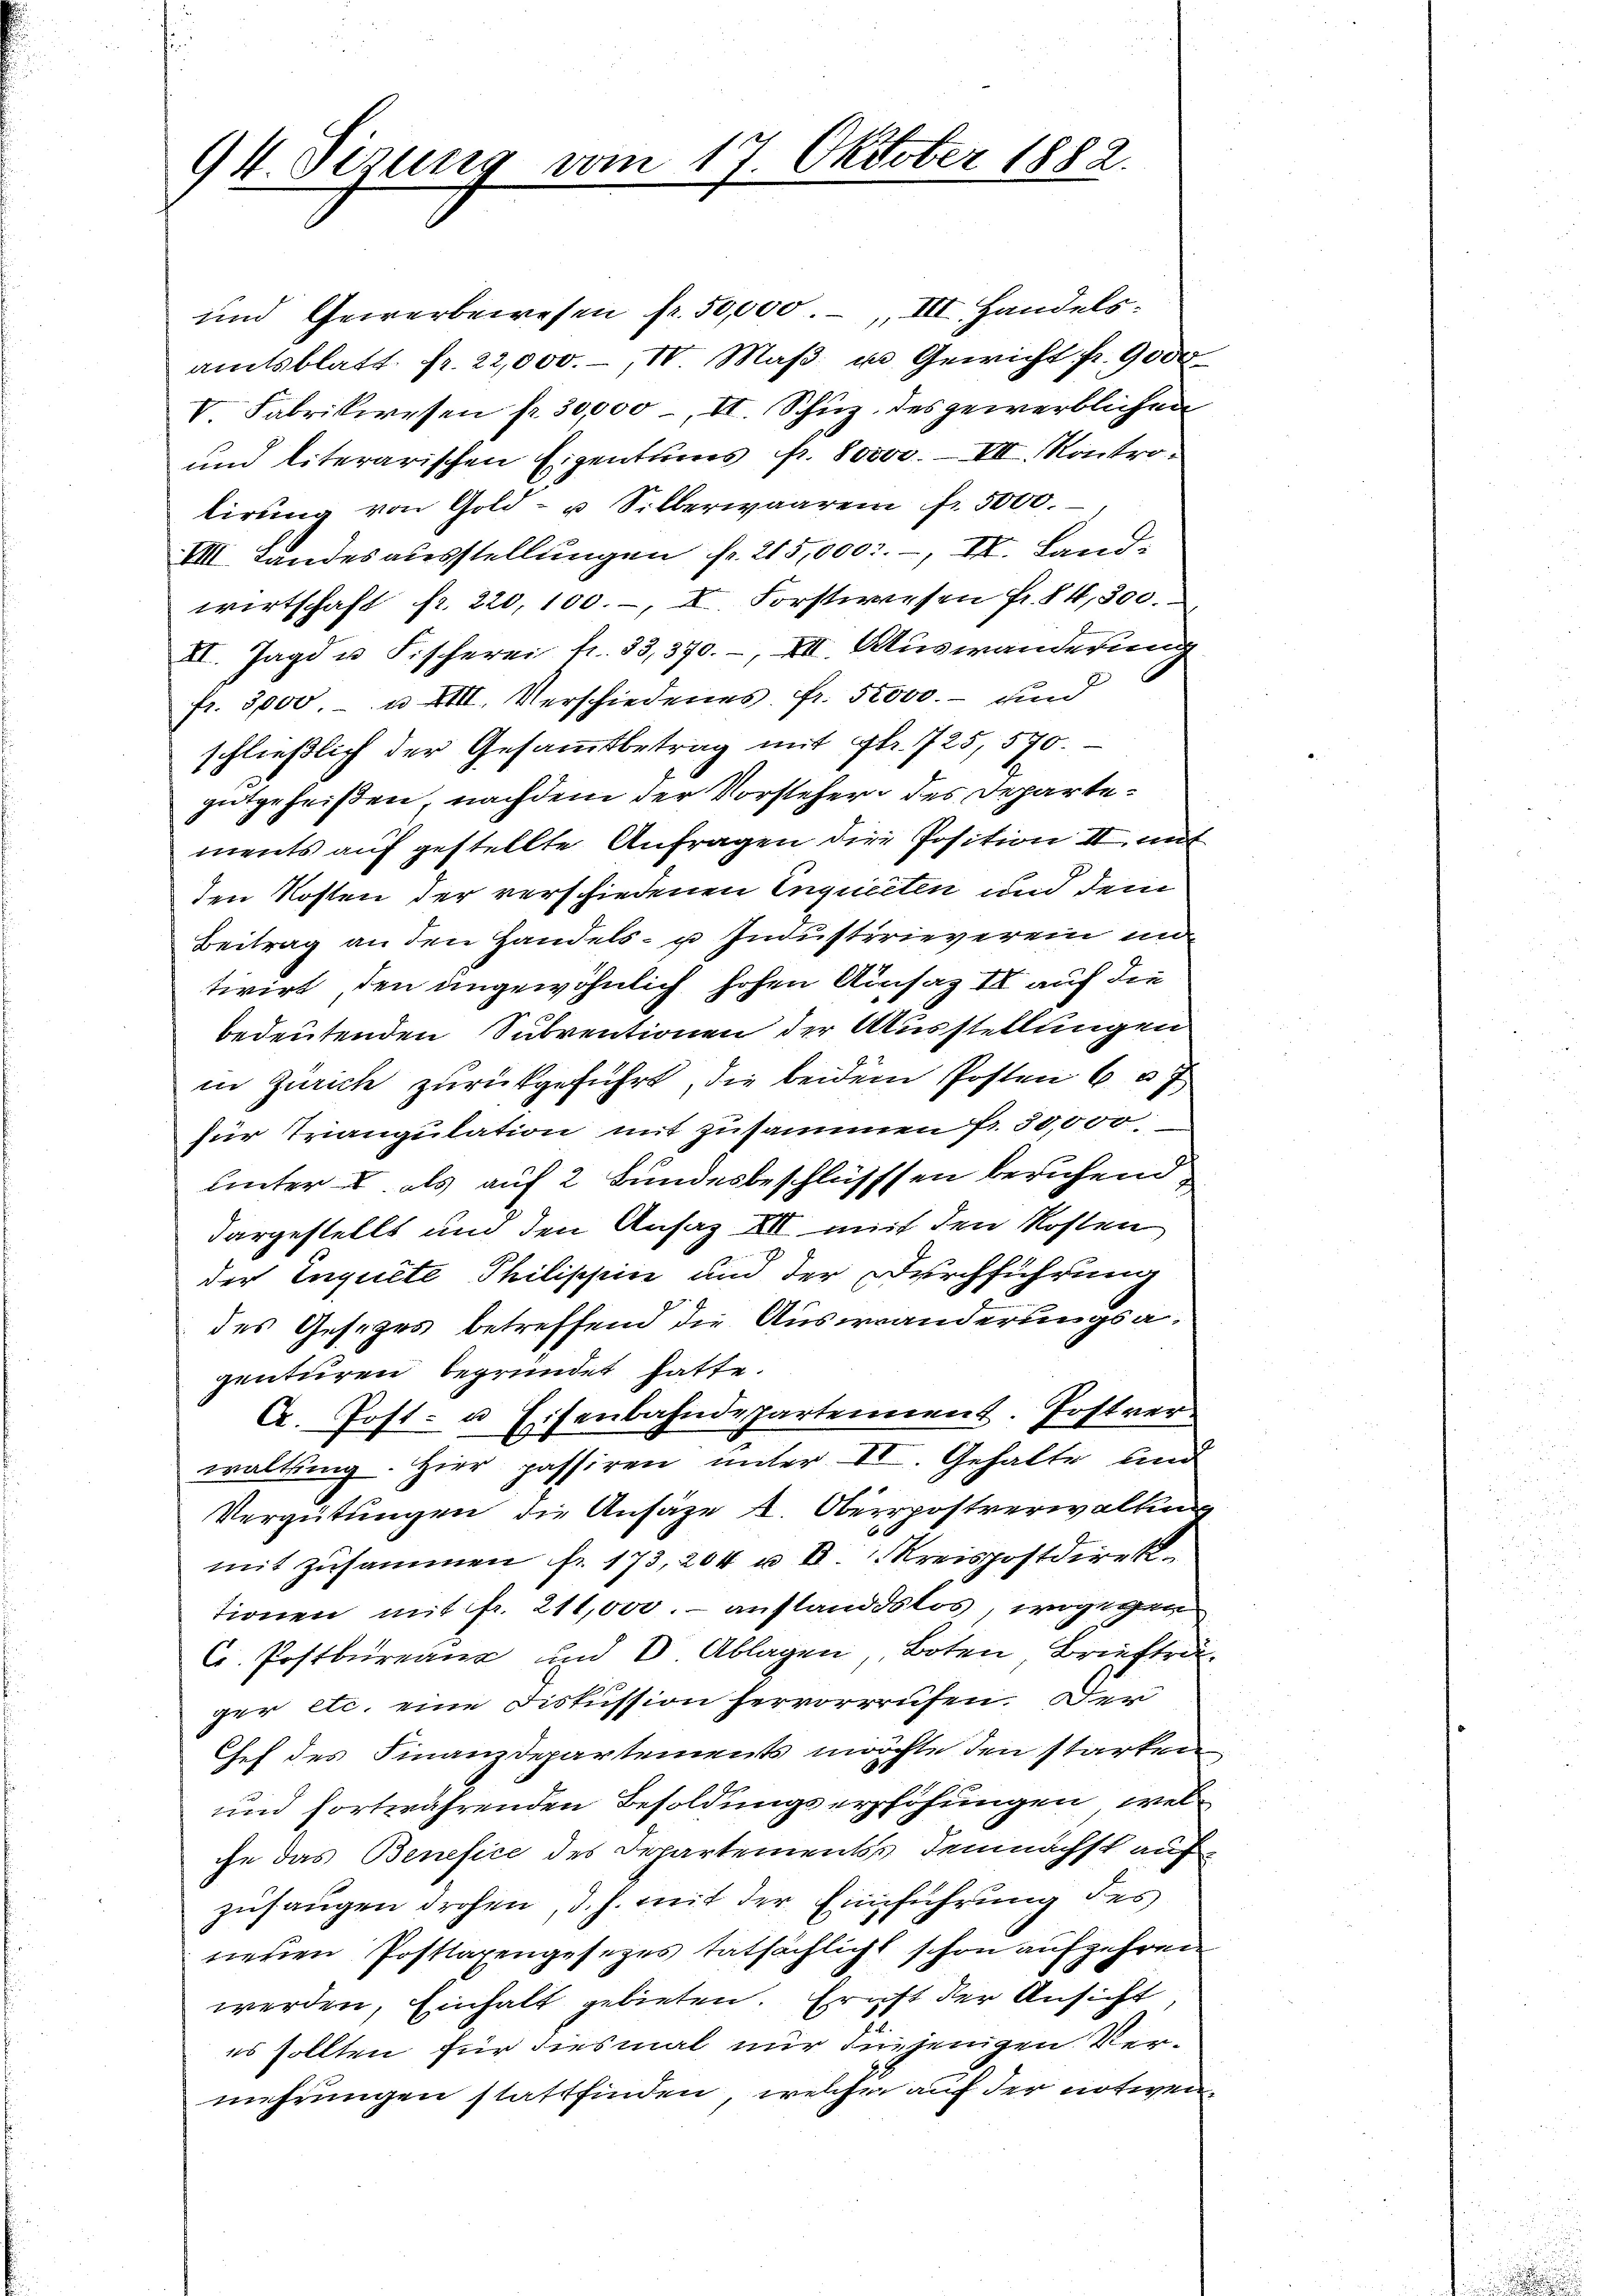
94. Sesung vom 17. Oktober 1882.

und Gewerbewesen fr. 50,000.-, III. Handelsamtsblatt fr. 22,000.-, IV. Maβ u Gewicht fr. 9000
V. Fabrikwesen fr. 30,000, II Schuz, des gewerblichen
und literarischen Eigentums fr. 80000. IV. Kontrolirŭng von Gold- u Silberwaarem fr. 5000.
VIII. Landesausstellungen fr. 215,000.-, II. Landwirtschaft fr. 220,100.-, I. Forstwesen Fr. 84,300.
XI. Jagd u. Fischerei fr. 33, 370.-, XIII. Auswanderung
fr. 3000. u XIII. Verschiedenes Fr. 52000.- und
schließlich der Gesammtbetrag mit Fr. 1725, 570.
gutgeheißen, nachdem der Vorsteher des Departements auf gestellte Anfragen die Position II mit
den Kosten der verschiedenen Inquieten und dem
Beitrag an den Handels- u Industrieverein un
tivirt, den angewöhnlich hohen Ainsaz II auch die
bedeutenden Subventionen der Ausstellungen
in Zürich zurückgeführt, die beidem Posten 6 a
für Trangulation mit zusammen fr. 30,000
unter I. als auf 2 Bundesbeschlüssen beruhend
dargestells und den Ansaz XII mit den Kosten
der Inquete Philischein und der Durchführung
des Gesezes betreffend die Auswanderungsagenturen begründet hatte.
A. Post- u Eisenbahndepartement. Postver
waltung. Hier passiren unter VV. Gehalte und
Vergütungen die Ansäze k. Oberrpostverwaltung
mit zusammen fr. 173, 204 u. II. Kreispostdirektionen mit fr. 211,000.- anflandslos, wogegen
C. Postbureaux und 8. Ablagen Boten Briefträ
ger etc. eine Diskussion hervorrrufen. Der
Chef des Finanzdepartements möchte den starken
und fortwährenden Besoldungserhöhungen, welche das Benefice des Departements demnächst auf
zufangen drohen, d. h. mit der Einführung des
tieren Postlagengesetzes tatsächlicht schon aufzehren
werden, Einhalt gebieten. Ernst der Ansicht,
es sollten für diesmal nur diejenigen Vermehrungen stattfinden, welche auf der notwen¬